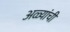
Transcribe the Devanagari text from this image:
अळ्यांची